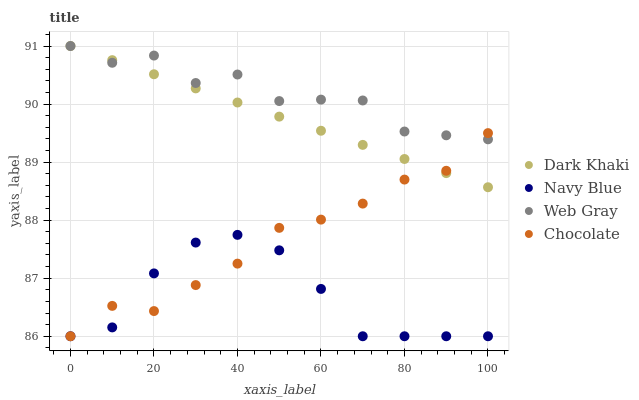
| xaxis_label | Dark Khaki | Navy Blue | Web Gray | Chocolate |
 | --- | --- | --- | --- | --- |
 | 0 | 91 | 86 | 91 | 86 |
 | 10 | 90.8 | 86.2 | 90.7 | 86.5 |
 | 20 | 90.5 | 87.1 | 90.8 | 86.4 |
 | 30 | 90.3 | 87.6 | 90.4 | 86.9 |
 | 40 | 90 | 87.7 | 90.5 | 87.3 |
 | 50 | 89.8 | 87.5 | 90.1 | 87.9 |
 | 60 | 89.5 | 86.8 | 90.1 | 88 |
 | 70 | 89.3 | 86 | 90.1 | 88.3 |
 | 80 | 89.1 | 86 | 89.5 | 88.7 |
 | 90 | 88.8 | 86 | 89.5 | 88.9 |
 | 100 | 88.6 | 86 | 89.4 | 89.5 |